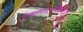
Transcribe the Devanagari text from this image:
टेकनालजिस्ट्‌स